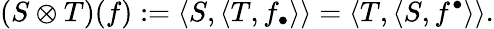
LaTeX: (S\otimes T)(f):=\langle S,\langle T,f_{\bullet}\rangle\rangle=\langle T,\langle S,f^{\bullet}\rangle\rangle.